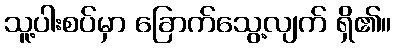
သူ့ပါးစပ်မှာ ခြောက်သွေ့လျက် ရှိ၏။